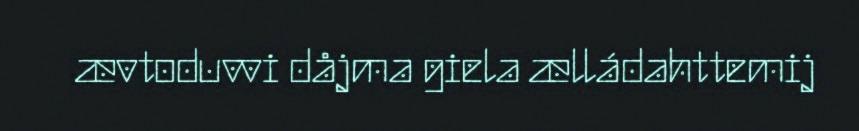
ævtoduvvi dåjma giela ælládahttemij